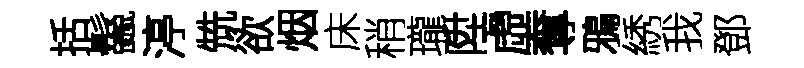
括鬣渟兟欲烟床稍瓏陞虛奪鴉綉我鄧